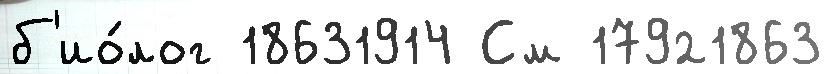
б'ио́лог 18631914 См 17921863